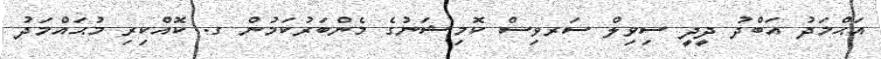
އަޙްމަދު އަބްދު ދީދީ ސިވިލް ސަރވިސް ކޮމިޝަނުގެ މެންބަރުކަމުން ގ. ކޮއްކިރި މުޙައްމަދު